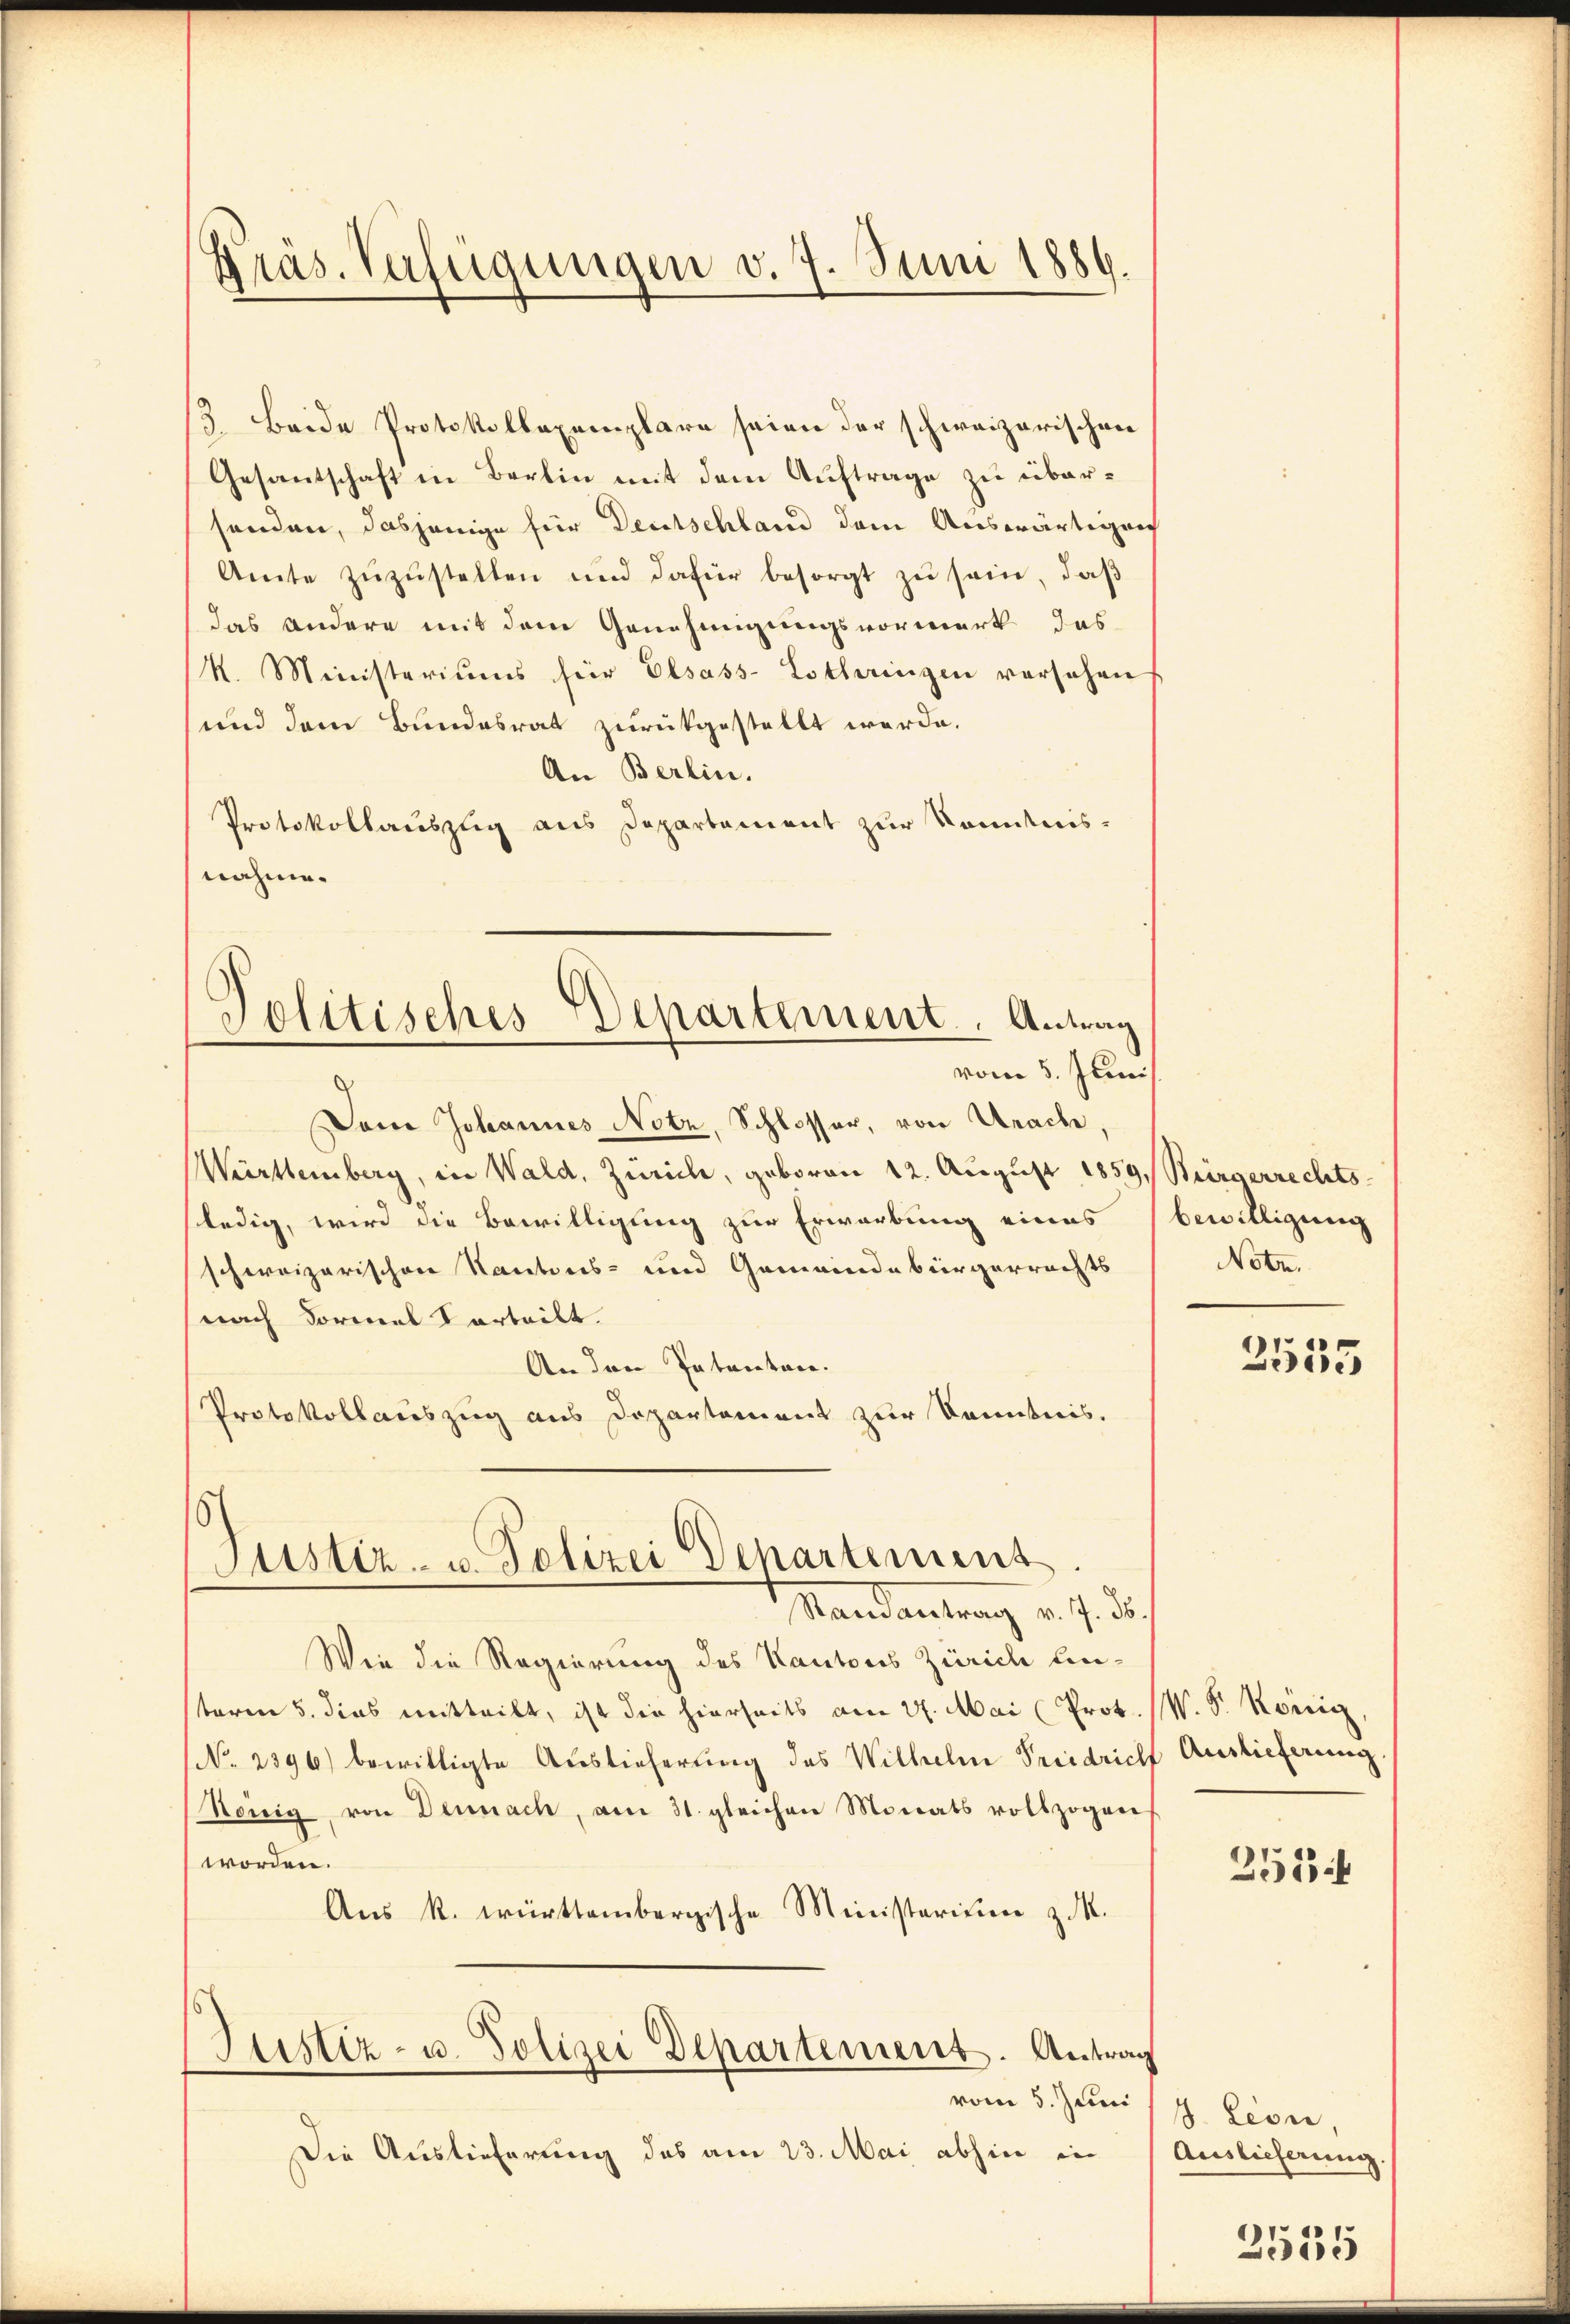
Präs. Verfügungen v. 7. Juni 1886.

3. Beide Protokollaxemplare seien der schweizerischen
Gesantschaft in Berlin mit dem Auftrage zu übersenden, dasjenige für Deutschland dem Auswärtigen
Amte zuzustellen und dafür besorgt zu sein, daß
das andere mit dem Genehmigungsvormerk das
k. Ministeriums für Elsass-Lothringen versehen
und dem Bundesrat zurükgestellt werde.
An Berlin.
Protokollauszug aus Departement zur Kenntnis-
nahme.
Dann Johannes Notz, Schlosser, von Urache,
Württemberg, in Wald, Zürich, geboren 12. August 1859, Bürgerrechts
ledig, wird die Bewilligung zur Erwarbung eines
schweizerischen Kantons- und Gemeindebürgerrechts
nach Formel Vorteilt.
An den Intenten.
Protokollauszug aus Departement zur Kenntnis.
Justiz- u. Polizei Departement
Mandantrag v. J. J.
Wie die Regierung des Kantons Zürich einteren 5. dies mitteilt, ist die hierseits am 27. Mai (Prot. (W. S. König
No. 2396) bewilligte Auslieferung des Wilhelm Friedricht
Rönig, von Dennach, am 31. gleichen Monats vollzogen
worden.
Aŭs k. württembergische Ministerium zu.
Justiz- u. Polizei Departement. Antrag
vom 5. Juni
Die Auslieferung des am 23. Mai abhin in

Politisches Departement. Antrag
vom 5. Juni.

bewilligung
Notz.

2555

Auslieferung.

251

8. Leon,
Auslieferung

2535